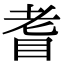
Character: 𦒿